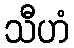
သီဟံ